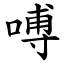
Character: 㗘